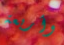
وأربعة